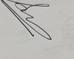
Signature authenticity: genuine